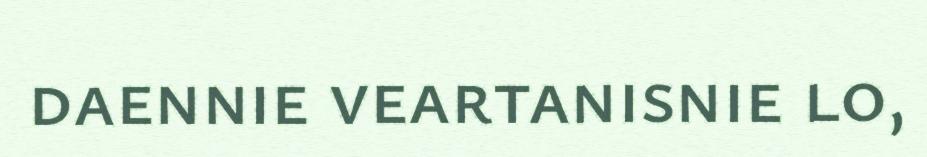
daennie veartanisnie lo,